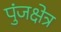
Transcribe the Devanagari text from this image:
पुंजक्षेत्र